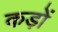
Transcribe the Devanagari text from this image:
कड़ों